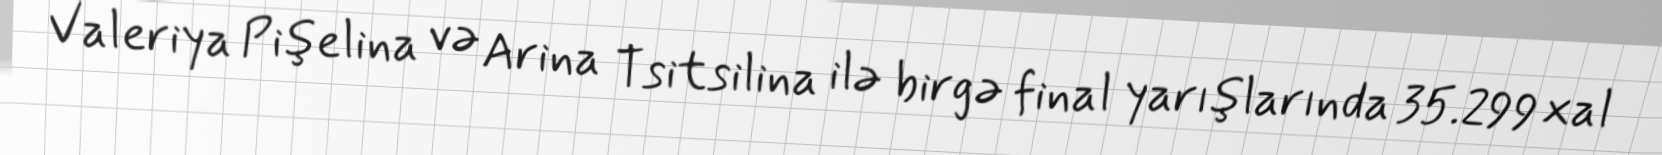
Valeriya Pişelina və Arina Tsitsilina ilə birgə final yarışlarında 35.299 xal